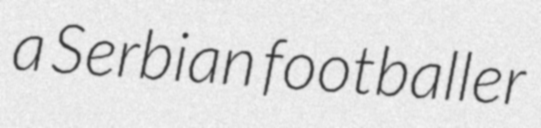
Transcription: a Serbian footballer